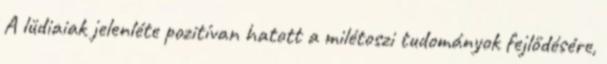
A lüdiaiak jelenléte pozitívan hatott a milétoszi tudományok fejlődésére,